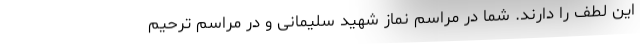
این لطف را دارند. شما در مراسم نماز شهید سلیمانی و در مراسم ترحیم